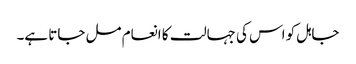
جاہل کو اس کی جہالت کا انعام مل جاتا ہے۔